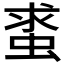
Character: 𧋛